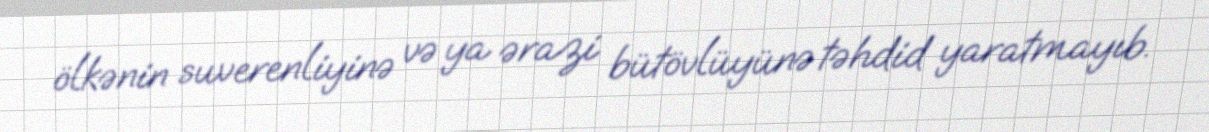
ölkənin suverenliyinə və ya ərazi bütövlüyünə təhdid yaratmayıb.